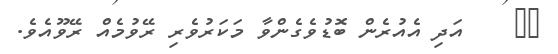
٢٢    އަދި އެއުރެން ބޮޑުވެގެންވާ މަކަރުވެރި ރޭވުމެއް ރޭވޫއެވެ.